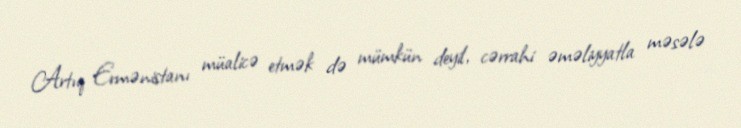
Artıq Ermənistanı müalicə etmək də mümkün deyil, cərrahi əməliyyatla məsələ